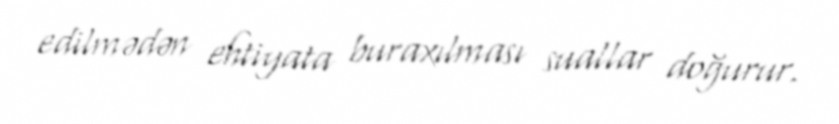
edilmədən ehtiyata buraxılması suallar doğurur.